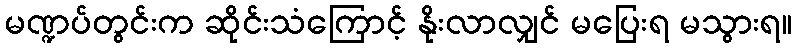
မဏ္ဍပ်တွင်းက ဆိုင်းသံကြောင့် နိုးလာလျှင် မပြေးရ မသွားရ။